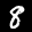
Label: 8